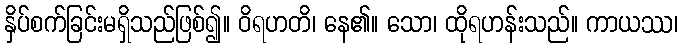
နှိပ်စက်ခြင်းမရှိသည်ဖြစ်၍။ ဝိရဟတိ၊ နေ၏။ သော၊ ထိုရဟန်းသည်။ ကာယဿ၊